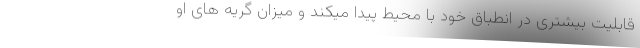
قابلیت بیشتری در انطباق خود با محیط پیدا میکند و میزان گریه های او